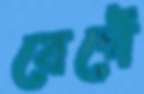
বেগেঁ